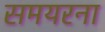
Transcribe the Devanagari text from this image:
समयरना